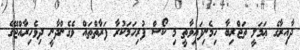
ދާއިރާގެ ޢަމަލީ ތަޖްރިބާ ހިމެނިފައިވާތީ މި ކޯސް ފުރިހަމަކުރާ ފަރާތްތައް ވެގެންދާނީ ދިވެހިރާއްޖޭގެ